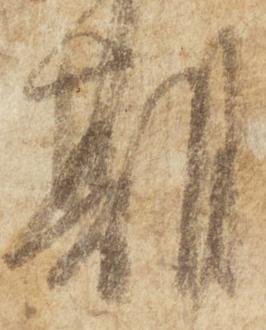
期